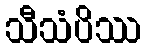
သီသံပိဿ